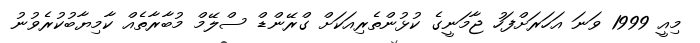
މިއީ 1999 ވަނަ އަހަރަށްފަހު ޖާމަނީގެ ކުޅުންތެރިއަކަށް ގްރޭންޑް ސްލޭމް މުބާރާތެއް ކާމިޔާބުކުރެވުނު